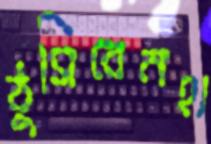
ঠুসিবেনহা